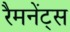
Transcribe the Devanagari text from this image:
रैमनेंट्स